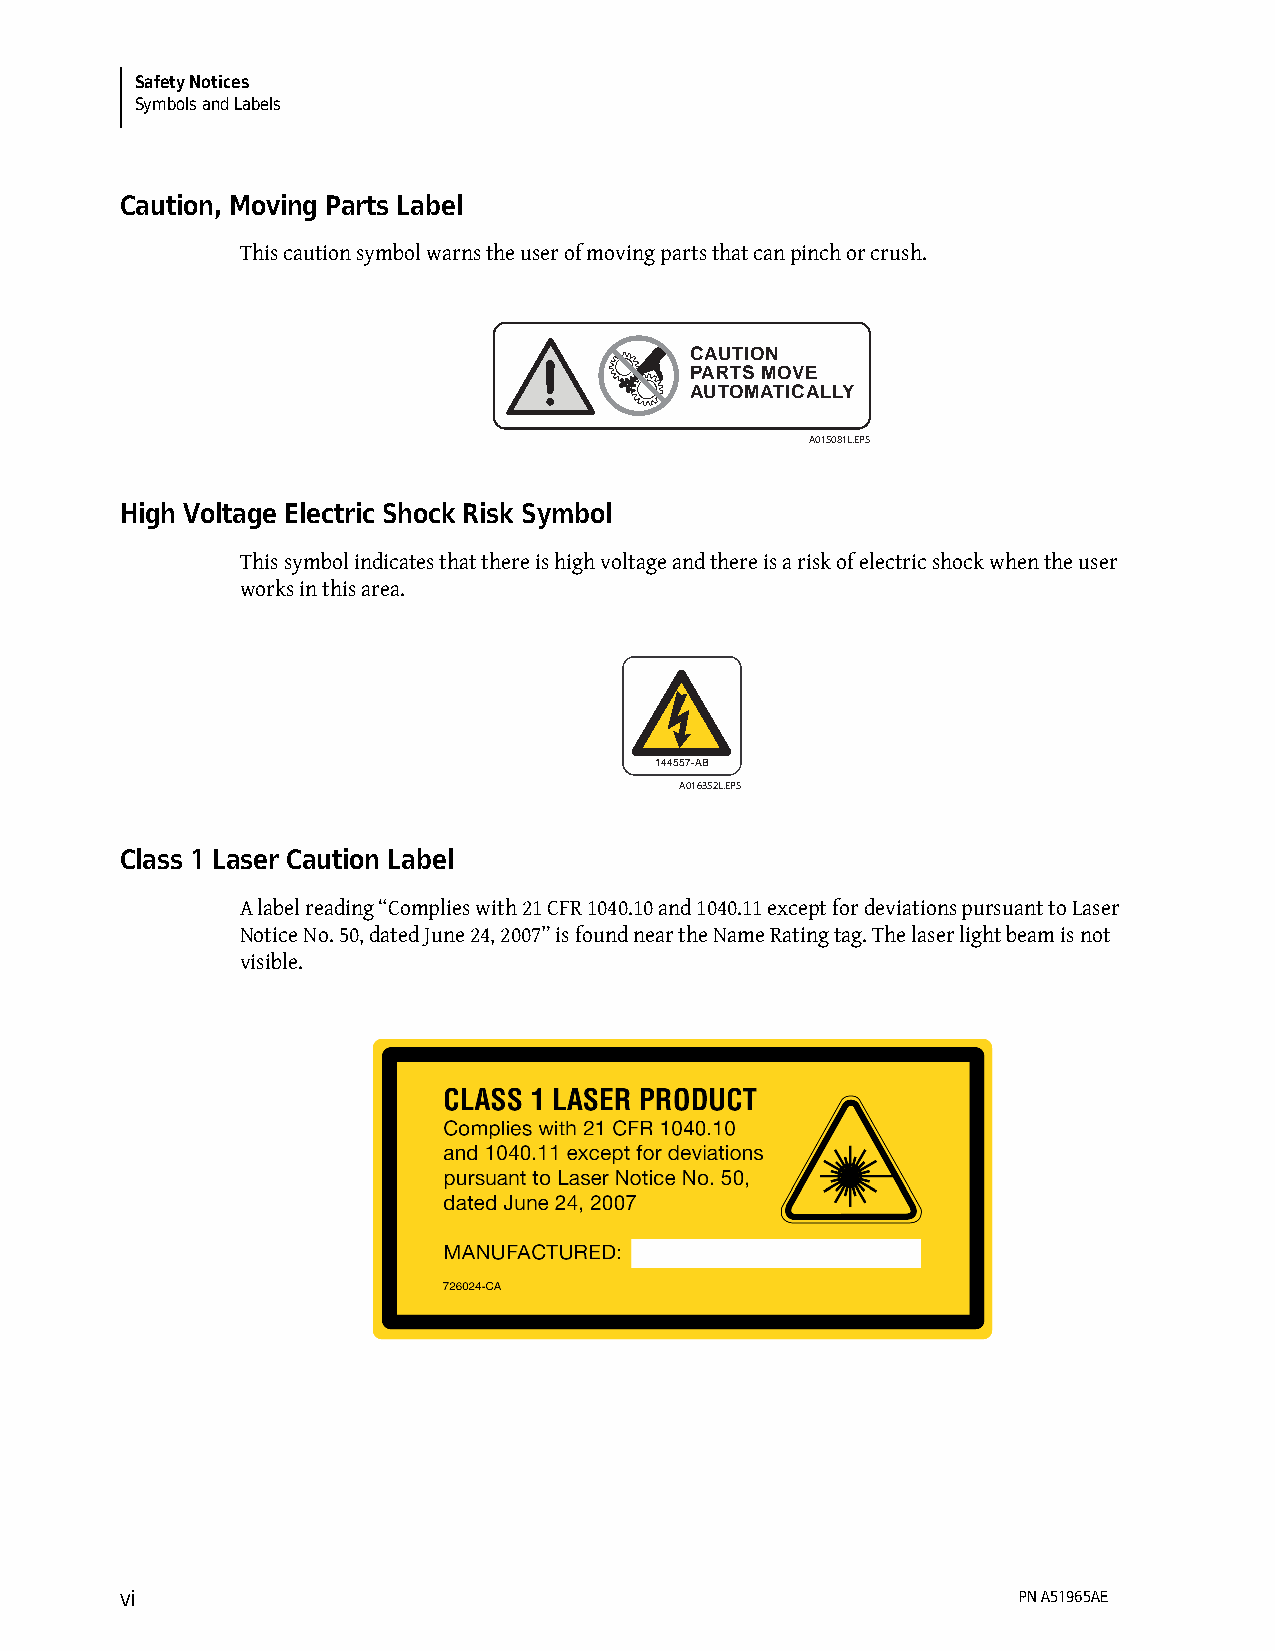
Safety Notices
 Symbols and Labels
 Caution, Moving Parts Label
 This caution symbol warns the user of moving parts that can pinch or crush.
 CAUTION
 PARTS MOVE
 AUTOMATICALLY
 A015081L.EPS
 High Voltage Electric Shock Risk Symbol
 This symbol indicates that there is high voltage and there is a risk of electric shock when the user
 works in this area.
 144557-AB
 A016352L.EPS
 Class 1 Laser Caution Label
 A label reading “Complies with 21 CFR 1040.10 and 1040.11 except for deviations pursuant to Laser
 Notice No. 50, dated June 24, 2007” is found near the Name Rating tag. The laser light beam is not
 visible.
 vi                                                         PN A51965AE